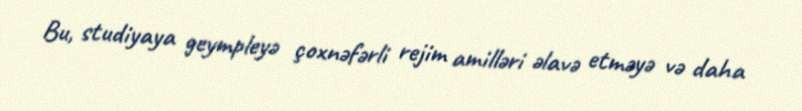
Bu, studiyaya geympleyə çoxnəfərli rejim amilləri əlavə etməyə və daha